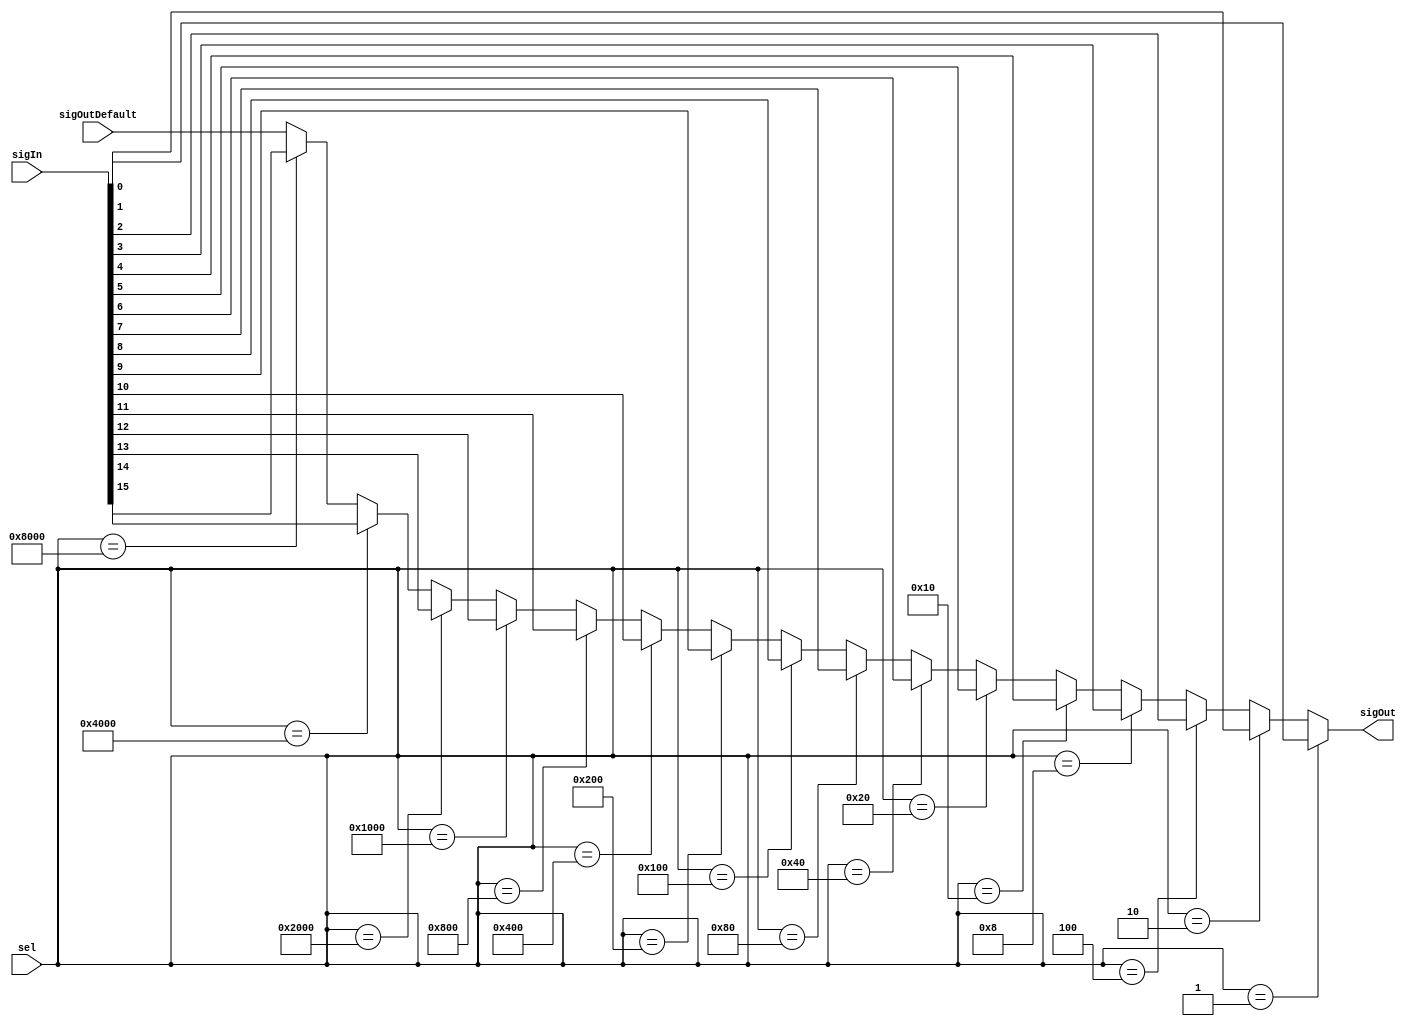
/*
 * Copyright (c) 2023 by Liyuxuan, all rights reserved.
 */

module Mux16_1 #(parameter WIDTH = 1)
(
    input [16-1:0] sel,
    input [16*WIDTH-1:0] sigIn,
    output[WIDTH-1:0]   sigOut,
    input[WIDTH-1:0]    sigOutDefault
);

assign sigOut = 
    (sel == 16'b0000_0000_0000_0001) ? sigIn[ 1*WIDTH-1: 0*WIDTH] :
    (sel == 16'b0000_0000_0000_0010) ? sigIn[ 2*WIDTH-1: 1*WIDTH] :
    (sel == 16'b0000_0000_0000_0100) ? sigIn[ 3*WIDTH-1: 2*WIDTH] :
    (sel == 16'b0000_0000_0000_1000) ? sigIn[ 4*WIDTH-1: 3*WIDTH] :
    (sel == 16'b0000_0000_0001_0000) ? sigIn[ 5*WIDTH-1: 4*WIDTH] :
    (sel == 16'b0000_0000_0010_0000) ? sigIn[ 6*WIDTH-1: 5*WIDTH] :
    (sel == 16'b0000_0000_0100_0000) ? sigIn[ 7*WIDTH-1: 6*WIDTH] :
    (sel == 16'b0000_0000_1000_0000) ? sigIn[ 8*WIDTH-1: 7*WIDTH] :
    (sel == 16'b0000_0001_0000_0000) ? sigIn[ 9*WIDTH-1: 8*WIDTH] :
    (sel == 16'b0000_0010_0000_0000) ? sigIn[10*WIDTH-1: 9*WIDTH] :
    (sel == 16'b0000_0100_0000_0000) ? sigIn[11*WIDTH-1:10*WIDTH] :
    (sel == 16'b0000_1000_0000_0000) ? sigIn[12*WIDTH-1:11*WIDTH] :
    (sel == 16'b0001_0000_0000_0000) ? sigIn[13*WIDTH-1:12*WIDTH] :
    (sel == 16'b0010_0000_0000_0000) ? sigIn[14*WIDTH-1:13*WIDTH] :
    (sel == 16'b0100_0000_0000_0000) ? sigIn[15*WIDTH-1:14*WIDTH] :
    (sel == 16'b1000_0000_0000_0000) ? sigIn[16*WIDTH-1:15*WIDTH] : sigOutDefault;
    
endmodule